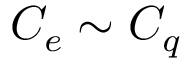
C _ { e } \sim C _ { q }